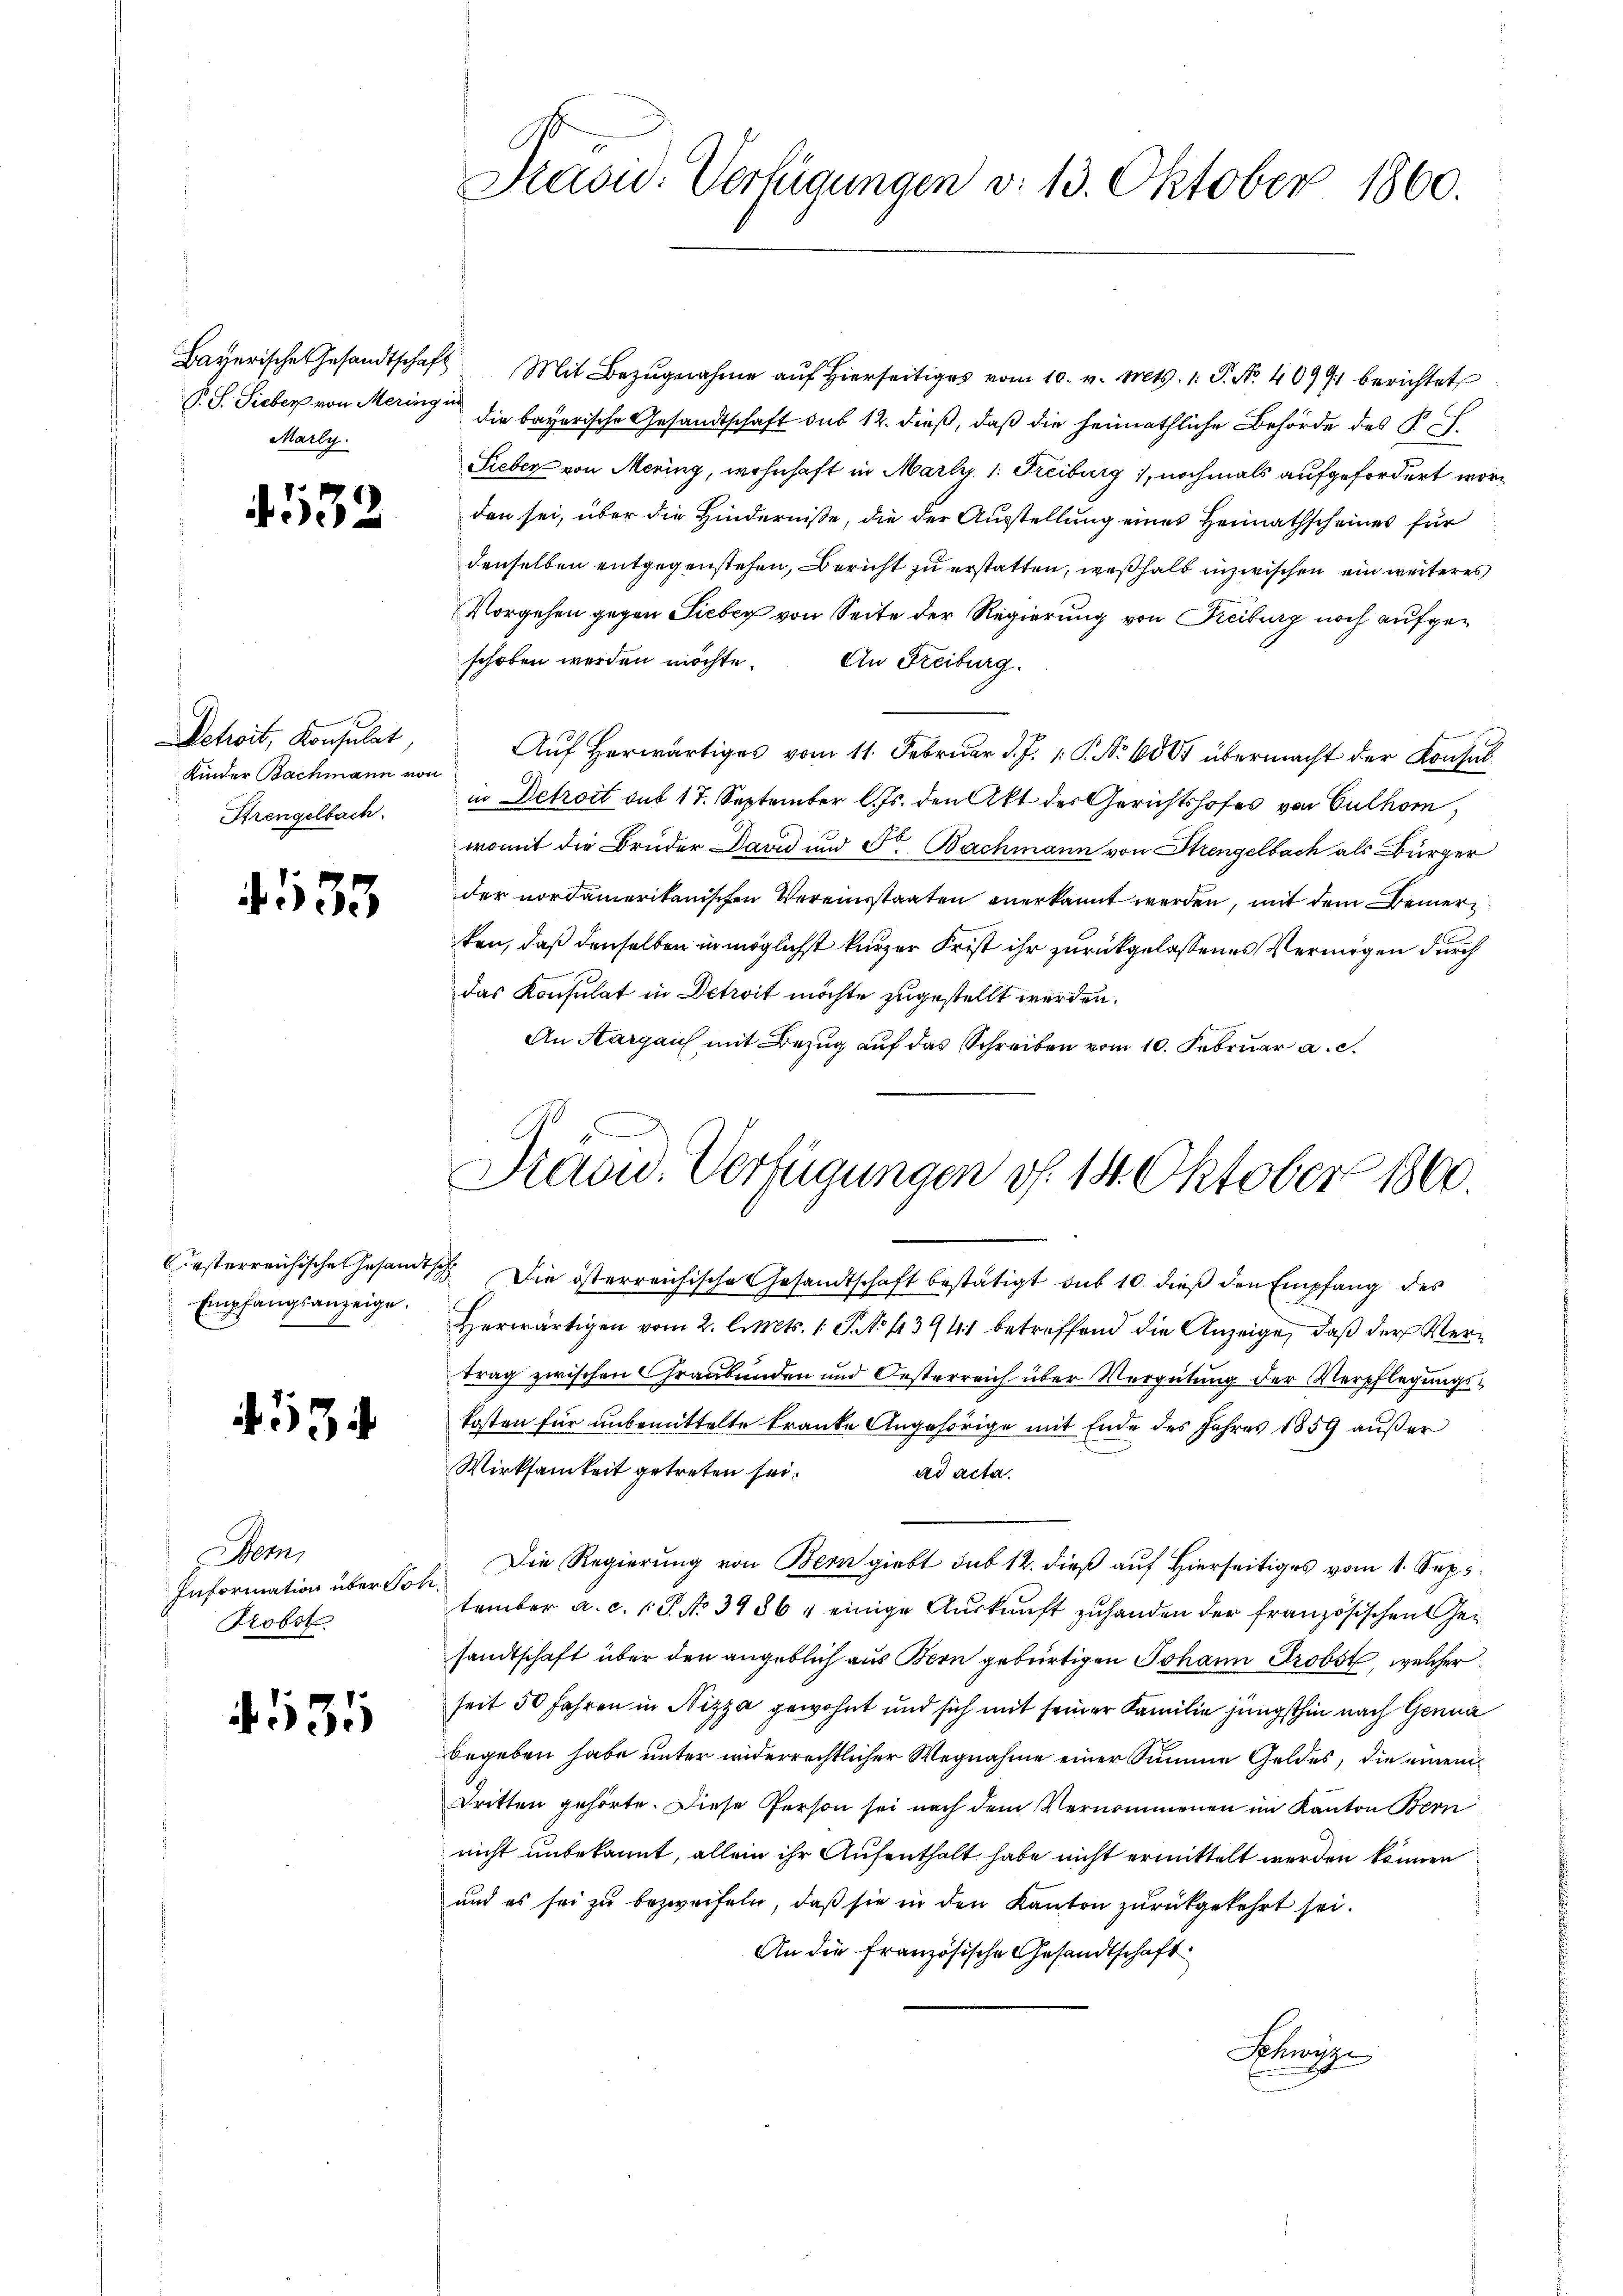
Marly.

4532

Petroit, Konsulat,
Kinder Bachmann von
Strengelbach.

433

Empfangsanzeige.

4534

em,
Information über Joh.
Probst

.531

Draou. Verfügungen v. 13. Oktober 1860.

Vesterreichische Gesandtsch Die österreichische Gesandtschaft bestätigt sub 10. dieß den Empfang des
Herwärtigen vom 2. l. Mts. 1. P. No 1394 betreffend die Anzeige, daß der Vertrag zwischen Graubünden und Oesterreich über Vergütung der Verpflegungskosten für unbemittelte Franke Angehörige mit Ende des Jahres 1859 außer
Wirksamkeit getreten sei.
ad acta.
Die Regierung von Bern giebt sub 12. dieß auf Hierseitiges vom 1. Sep
tember a. c. 1 P. No 39864 einige Auskunft zuhanden der französischen Gesandtschaft über den angeblich aus Bern gebürtigen Johann Probst, welcher
seit 50 Jahren in Nizza gewohnt und sich mit seiner Familie jüngsthin nach Genua
begeben habe unter widerrechtlicher Wegnahme einer Summe Geldes, die einem
Tritten gehörte. Diese Person sei nach dem Vernommenen im Kanton Bern
nicht unbekannt, allein ihr Aufenthalt habe nicht ermittelt werden können
und es sei zu bezweifeln, daß sie in den Kanton zurückgekehrt sei.
An die französische Gesandtschaft
Schwyz

Bayerische Gesandtschaft Mit Bezŭgnahme aŭf hierseitiges vom 10. v. Mts. 1. P. Nr. 40991 berichtet
V. S. Sieber von Meringen die bayerische Gesandtschaft sub 12. dieß, daß die heimathliche Behörde des K. P.
Sieber von Mering, wohnhaft in Mart. 1. Freiburg, nochmals aufgefordert worden sei, über die Hinderniße, die der Ausstellung eines Heimathscheines für
denselben entgegenstehen, Bericht zu erstatten, weßhalb inzwischen ein weiteres
Vorgehen gegen Siebey von Seite der Regierung von Freiburg noch aufgeschoben werden möchte. An Freiburg.
Auf herwärtiges vom 11. Februar d. J. 1. P. No 600 übermacht der Konsul
in Detroit aus 17. September l. Js. den Akt des Gerichtshofes von Culhorn,
womit die Brüder David und Fr. Bachmann von Strengelbach als Bürger
der nordamerikanischen Vereinsstaaten anerkannt werden, mit dem Bemer
ten, daß denselben in möglichst kurzer Frist ihr zurückgelassenes Vermögen durch
das Konsulat in Detrit möchte zugestellt werden.
An Aargau mit Bezug auf das Schreiben vom 10. Februar a. c.

Präsid. Verfügungen d. 14. Oktober 1800.